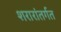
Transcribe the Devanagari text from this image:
शरारांतर्गत